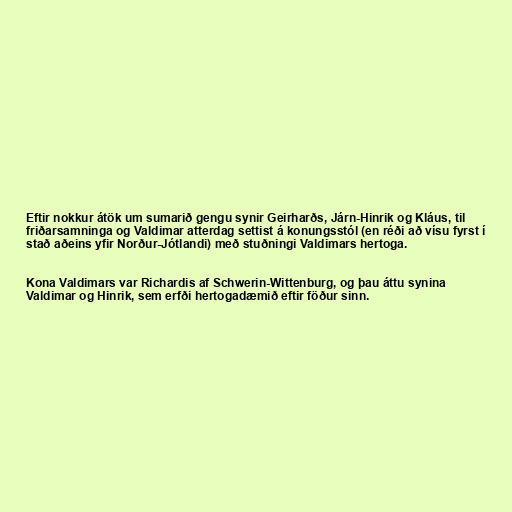
Eftir nokkur átök um sumarið gengu synir Geirharðs, Járn-Hinrik og Kláus, til
friðarsamninga og Valdimar atterdag settist á konungsstól (en réði að vísu fyrst í
stað aðeins yfir Norður-Jótlandi) með stuðningi Valdimars hertoga.

Kona Valdimars var Richardis af Schwerin-Wittenburg, og þau áttu synina
Valdimar og Hinrik, sem erfði hertogadæmið eftir föður sinn.